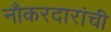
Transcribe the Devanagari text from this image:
नौकरदारांची